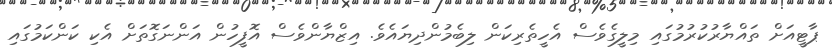
ޕާޓީއަށް ތައްޔާރުކުރުމުގައި މިލީގެވެސް އެހީތެރިކަން ލިބެމުންދިޔައެވެ. އިޒްޔާންވެސް އޮފީހުން އަންނަގޮތަށް އެކި ކަންކަމުގައި